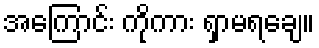
အကြောင်း ကိုကား ရှာမရချေ။